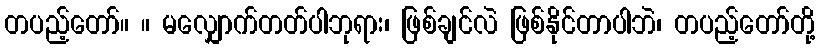
တပည့်တော်။ ။ မလျှောက်တတ်ပါဘုရား၊ ဖြစ်ချင်လဲ ဖြစ်နိုင်တာပါဘဲ၊ တပည့်တော်တို့